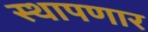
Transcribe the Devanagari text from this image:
स्थापणार